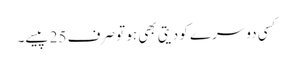
کسی دوسرے کو دیتی بھی ہو تو صرف 25 پیسے۔